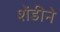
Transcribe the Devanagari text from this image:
शेंडीने